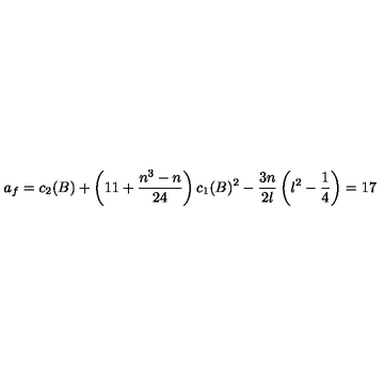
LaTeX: a _ { f } = c _ { 2 } ( B ) + \left( 1 1 + \frac { n ^ { 3 } - n } { 2 4 } \right) c _ { 1 } ( B ) ^ { 2 } - \frac { 3 n } { 2 \l } \left( \l ^ { 2 } - \frac { 1 } { 4 } \right) = 1 7